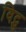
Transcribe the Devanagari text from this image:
विट्स